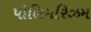
પોલિમરિઝમ